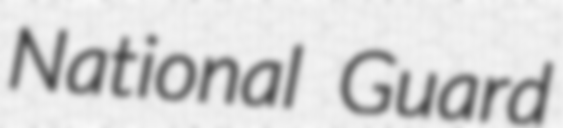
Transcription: National Guard